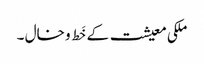
ملکی معیشت کے خَط و خال ۔